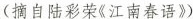
(摘自陆彩荣《江南春语》)